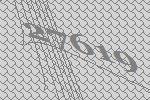
27619